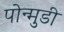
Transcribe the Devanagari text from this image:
पोन्मुडी